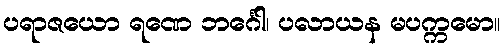
ပရာဇယော ရဏေ ဘင်္ဂေါ၊ ပလာယန မပက္ကမော။